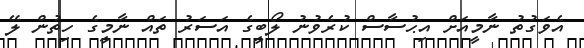
އެވަގުތު ނާމީއަށް އިޙުސާސް ކުރެވުނު ލޯބީގެ އަސަރު ތައް ނާމީގެ ހިތުން ލޭ